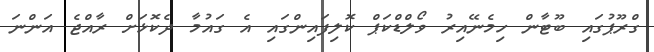
ގްރޫޕުގައި ބޫޓާން ހިމެނޭއިރު ވޯލްޑްކަޕް ކޮލިފައިންގައި އެ ގައުމާ ދެކޮޅަށް ރާއްޖެ އަންނަ